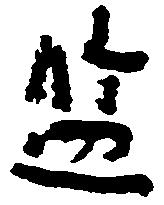
監